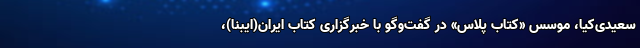
سعیدی‌کیا، موسس «کتاب پلاس» در گفت‌وگو با خبرگزاری کتاب ایران‌(ایبنا)،